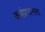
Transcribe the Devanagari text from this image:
कर्मप्रधानता